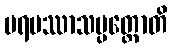
ပရမဿာသပ္ပတ္တောတိ